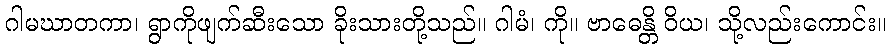
ဂါမဃာတကာ၊ ရွာကိုဖျက်ဆီးသော ခိုးသားတို့သည်။ ဂါမံ၊ ကို။ ဗာဓေန္တိ ဝိယ၊ သို့လည်းကောင်း။